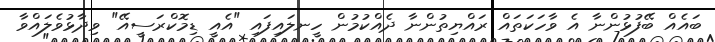
ބައެއް ބޭފުޅުންނާ އެ ވާހަކަތައް ރައްޔިތުންނާ ދެއްކުމުން ހީނލައިފައި "އެއީ ޑިމޮކްރަސީއޭ" ވިދާޅުވެލައްވާ